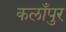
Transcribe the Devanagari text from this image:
कलाँपुर